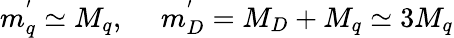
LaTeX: m_{q}^{'}\simeq M_{q},~~~~~m_{D}^{'}=M_{D}+M_{q}\simeq 3M_{q}